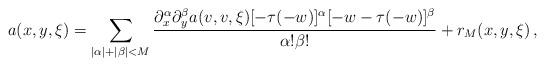
LaTeX: \begin{align*}a (x, y, \xi) & = \sum_{|\alpha| + |\beta| < M} \frac{\partial_x^{\alpha} \partial_y^\beta a(v, v, \xi) [-\tau(- w)]^\alpha [ - w - \tau(- w)]^\beta }{\alpha ! \beta !}+ r_M(x, y, \xi)\,, \end{align*}